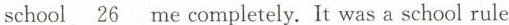
school\underline{ 26}me completely. It was a school rule